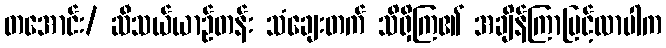
တအောင်း/ ဆီသယ်ယာဉ်တန်း သံချေးတက် သိရှိကြ၏ အချိန်ကြာမြင့်လာပါက